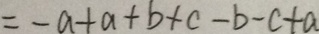
= - a + a + b + c - b - c + a